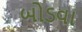
બોડવા